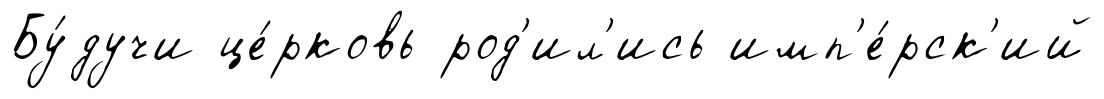
Бу́дучи це́рковь род'ил'ись имп'е́рск'ий